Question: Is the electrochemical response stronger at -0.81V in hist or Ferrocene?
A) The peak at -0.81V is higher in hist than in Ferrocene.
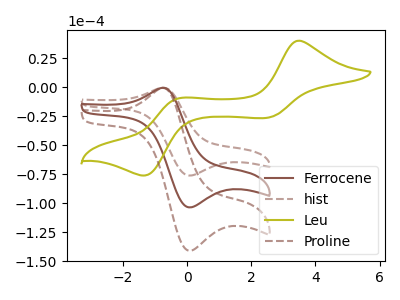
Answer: <think>The brown curve "Ferrocene" has an anodic peak at (-0.80V, -0.55uA) and a cathodic peak at (0.05V, -103.50uA). The brown dashed curve "hist" has an anodic peak at (-0.80V, -0.40uA) and a cathodic peak at (0.05V, -76.05uA). The olive curve "Leu" has anodic peaks at (3.50V, 40.35uA) (-0.25V, -9.30uA) and cathodic peaks at (2.50V, -26.30uA) (-1.35V, -76.05uA). The brown dashed curve "Proline" has an anodic peak at (-0.80V, -1.05uA) and a cathodic peak at (0.05V, -207.00uA).</think>
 <answer>A) The peak at -0.81V is higher in "hist" than in "Ferrocene".</answer>
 <eval>A</eval>